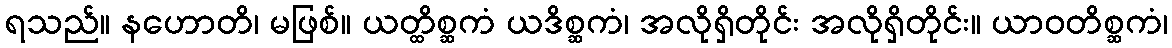
ရသည်။ နဟောတိ၊ မဖြစ်။ ယတ္ထိစ္ဆကံ ယဒိစ္ဆကံ၊ အလိုရှိတိုင်း အလိုရှိတိုင်း။ ယာဝတိစ္ဆကံ၊